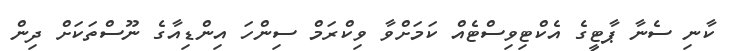
ކާނި ސެނާ ޕާޓީގެ އެކްޓިވިސްޓެއް ކަމަށްވާ ވިކްރަމް ސިންހަ އިންޑިއާގެ ނޫސްތަކަށް ދިން